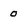
Character: 0